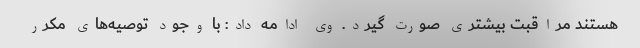
هستند مراقبت بیشتری صورت گیرد. وی ادامه داد: با وجود توصیه‌های مکرر